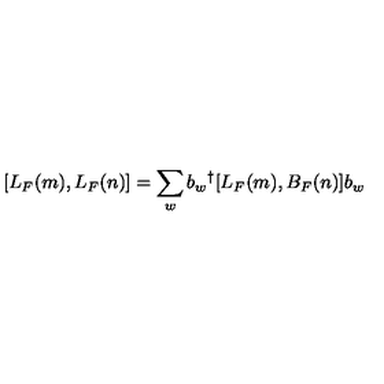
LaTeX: [ L _ { F } ( m ) , L _ { F } ( n ) ] = \sum _ { w } b _ { w } { } ^ { \dag } [ L _ { F } ( m ) , B _ { F } ( n ) ] b _ { w }